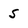
Character: S